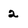
Character: 2